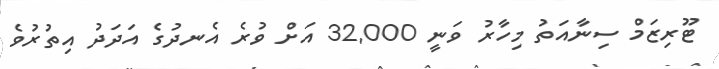
ޓޫރިޒަމް ސިނާއަތު މިހާރު ވަނީ 32